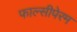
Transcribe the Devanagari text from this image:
फाल्सीपेरम